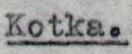
Kotka.